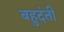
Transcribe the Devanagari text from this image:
बहुदंती